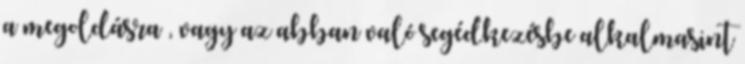
a megoldásra , vagy az abban való segédkezésbe alkalmasint